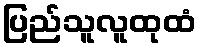
ပြည်သူလူထုထံ